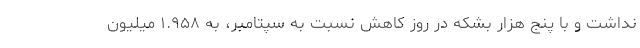
نداشت و با پنج هزار بشکه در روز کاهش نسبت به سپتامبر، به ۱.۹۵۸ میلیون